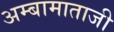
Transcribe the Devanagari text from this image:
अम्बामाताजी